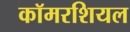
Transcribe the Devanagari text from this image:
कॉमरशियल